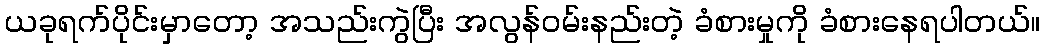
ယခုရက်ပိုင်းမှာတော့ အသည်းကွဲပြီး အလွန်ဝမ်းနည်းတဲ့ ခံစားမှုကို ခံစားနေရပါတယ်။